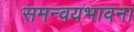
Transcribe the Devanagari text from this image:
समन्वयभावना